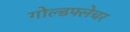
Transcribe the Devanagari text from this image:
गोल्डफ्लेचर